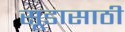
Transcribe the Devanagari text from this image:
सूडासाठी